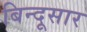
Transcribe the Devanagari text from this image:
बिन्दूसार